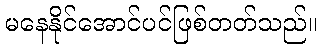
မနေနိုင်အောင်ပင်ဖြစ်တတ်သည်။